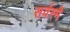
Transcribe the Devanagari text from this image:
सर्वस्मै